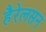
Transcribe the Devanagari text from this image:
हैरेलसन